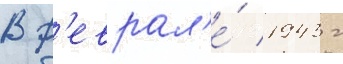
В ф'еврал'е́ 1943 г